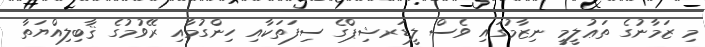
މި ޒަމާނުގެ ތަޢުލީމީ ނިޒާމުގައި ވެސް ލީޑަރޝިޕްގެ ސިފަތަކާއި ހިންގުމާއި ރޭވުމުގެ ޤާބިލިއްޔަތާ